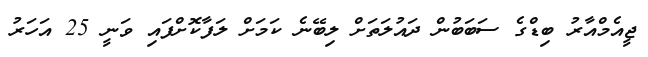
ޖީއެމްއާރު ބިޑްގެ ސަބަބުން ދައުލަތަށް ލިބޭނެ ކަމަށް ލަފާކޮށްފައި ވަނީ 25 އަހަރު